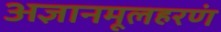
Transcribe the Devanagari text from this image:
अज्ञानमूलहरणं